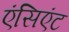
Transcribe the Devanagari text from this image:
एंसिएंट